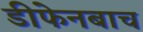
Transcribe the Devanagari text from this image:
डीफेनबाच